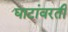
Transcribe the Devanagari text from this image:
घाटांवरती